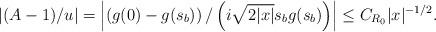
LaTeX: \begin{align*}\vert ({A-1})/{u}\vert =\left\vert\left({g(0)-g(s_b)}\right)/\left({i\sqrt{2\vert x \vert}s_bg(s_b)}\right)\right\vert\le C_{R_0}\vert x \vert^{-1/2}.\end{align*}